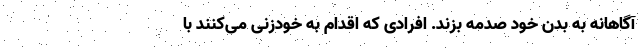
آگاهانه به بدن خود صدمه بزند. افرادی که اقدام به خودزنی می‌کنند با